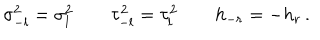
\sigma _ { - l } ^ { 2 } = \sigma _ { l } ^ { 2 } \qquad \tau _ { - l } ^ { 2 } = \tau _ { l } ^ { 2 } \qquad h _ { - r } = - h _ { r } \, .